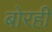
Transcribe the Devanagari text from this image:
बोरही